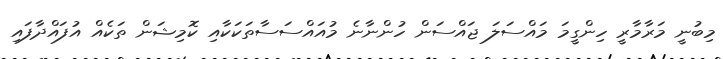
މިބުނީ މަރާމާރީ ހިންގީމަ މައްސަލަ ޖައްސަން ހުންނާނެ މުއައްސަސާތަކަކާއި ކޮމިޝަން ތަކެއް އުފައްދާފައި